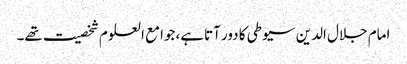
امام جلال الدین سیوطی کا دور آتاہے، جوامع العلوم شخصیت تھے۔